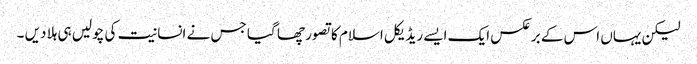
لیکن یہاں اس کے برعکس ایک ایسے ریڈیکل اسلام کا تصور چھا گیا جس نے انسانیت کی چولیں ہی ہلا دیں ۔